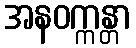
အနဝက္ကန္တာ